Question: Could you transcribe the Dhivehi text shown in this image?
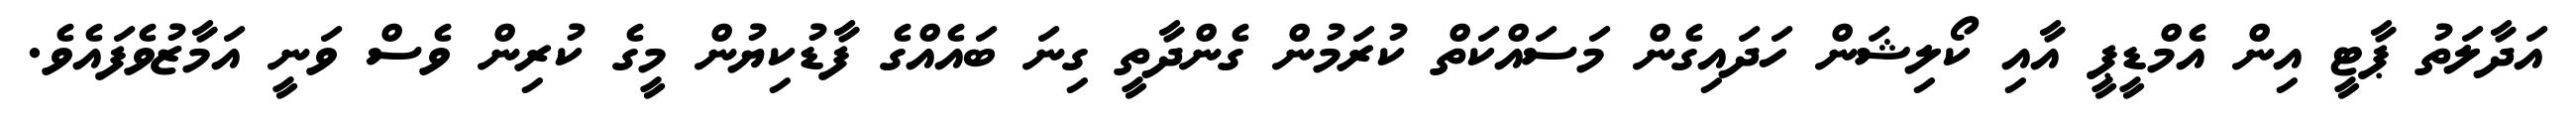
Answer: އަދާލަތު ޕާޓީ އިން އެމްޑީޕީ އާއި ކޯލިޝަން ހަދައިގެން މަސައްކަތް ކުރަމުން ގެންދާތީ ގިނަ ބައެއްގެ ފާޑުކިޔުން މީގެ ކުރިން ވެސް ވަނީ އަމާޒުވެފައެވެ.